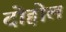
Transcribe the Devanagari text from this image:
दोहोल